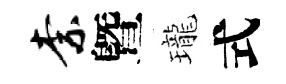
柰曁瓏式